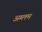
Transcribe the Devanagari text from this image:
अम्लम